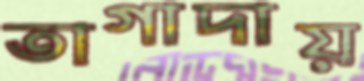
তাগাদায়